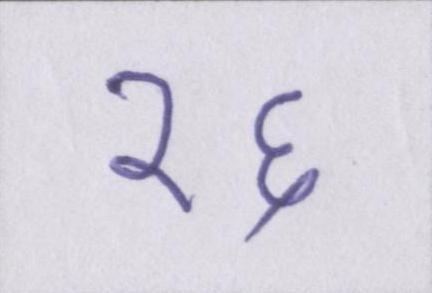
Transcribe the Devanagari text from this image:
१६